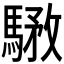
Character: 𩤝